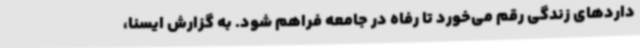
داردهای زندگی رقم می‌خورد تا رفاه در جامعه فراهم شود. به گزارش ایسنا،